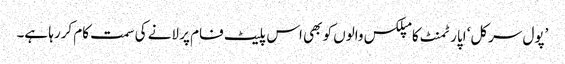
’پول سرکل‘ اپارٹمنٹ کامپلکس والوں کو بھی اس پلیٹ فام پر لانے کی سمت کام کررہا ہے۔